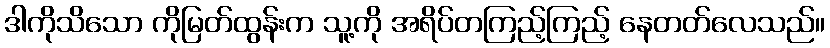
ဒါကိုသိသော ကိုမြတ်ထွန်းက သူ့ကို အရိပ်တကြည့်ကြည့် နေတတ်လေသည်။